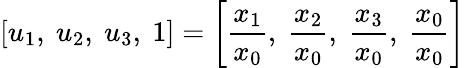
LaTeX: \left[u_{1},\ u_{2},\ u_{3},\ 1\right]=\left[{\frac{x_{1}}{x_{0}}},\ {\frac{x_{2}}{x_{0}}},\ {\frac{x_{3}}{x_{0}}},\ {\frac{x_{0}}{x_{0}}}\right]